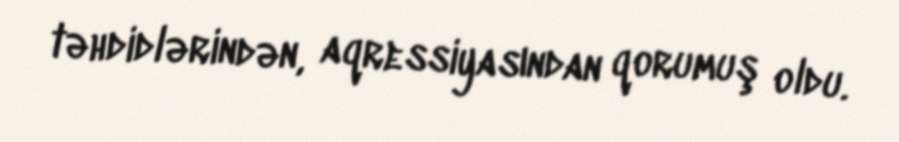
təhdidlərindən, aqressiyasından qorumuş oldu.